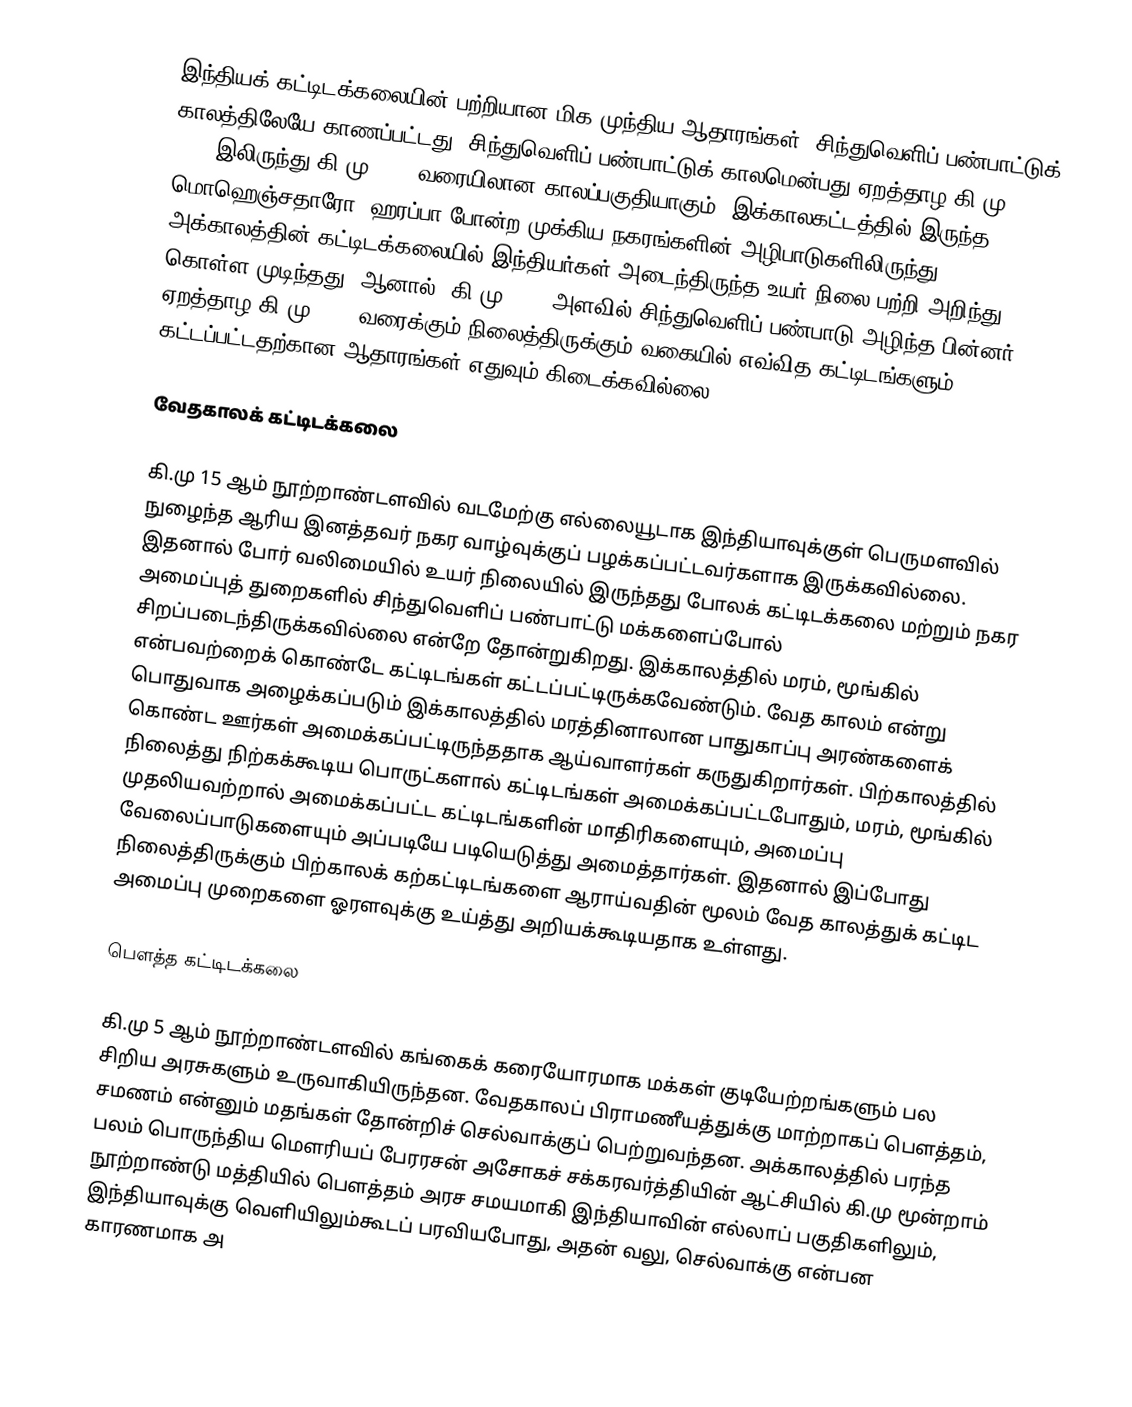
இந்தியக் கட்டிடக்கலையின் பற்றியான மிக முந்திய ஆதாரங்கள், சிந்துவெளிப் பண்பாட்டுக் காலத்திலேயே காணப்பட்டது. சிந்துவெளிப் பண்பாட்டுக் காலமென்பது ஏறத்தாழ கி.மு 3500-இலிருந்து கி.மு 2000 வரையிலான காலப்பகுதியாகும். இக்காலகட்டத்தில் இருந்த மொஹெஞ்சதாரோ, ஹரப்பா போன்ற முக்கிய நகரங்களின் அழிபாடுகளிலிருந்து, அக்காலத்தின் கட்டிடக்கலையில் இந்தியர்கள் அடைந்திருந்த உயர் நிலை பற்றி அறிந்து கொள்ள முடிந்தது. ஆனால், கி.மு 1500 அளவில் சிந்துவெளிப் பண்பாடு அழிந்த பின்னர், ஏறத்தாழ கி.மு. 500 வரைக்கும் நிலைத்திருக்கும் வகையில் எவ்வித கட்டிடங்களும், கட்டப்பட்டதற்கான ஆதாரங்கள் எதுவும் கிடைக்கவில்லை.

வேதகாலக் கட்டிடக்கலை

கி.மு 15 ஆம் நூற்றாண்டளவில் வடமேற்கு எல்லையூடாக இந்தியாவுக்குள் பெருமளவில் நுழைந்த ஆரிய இனத்தவர் நகர வாழ்வுக்குப் பழக்கப்பட்டவர்களாக இருக்கவில்லை. இதனால் போர் வலிமையில் உயர் நிலையில் இருந்தது போலக் கட்டிடக்கலை மற்றும் நகர அமைப்புத் துறைகளில் சிந்துவெளிப் பண்பாட்டு மக்களைப்போல் சிறப்படைந்திருக்கவில்லை என்றே தோன்றுகிறது. இக்காலத்தில் மரம், மூங்கில் என்பவற்றைக் கொண்டே கட்டிடங்கள் கட்டப்பட்டிருக்கவேண்டும். வேத காலம் என்று பொதுவாக அழைக்கப்படும் இக்காலத்தில் மரத்தினாலான பாதுகாப்பு அரண்களைக் கொண்ட ஊர்கள் அமைக்கப்பட்டிருந்ததாக ஆய்வாளர்கள் கருதுகிறார்கள். பிற்காலத்தில் நிலைத்து நிற்கக்கூடிய பொருட்களால் கட்டிடங்கள் அமைக்கப்பட்டபோதும், மரம், மூங்கில் முதலியவற்றால் அமைக்கப்பட்ட கட்டிடங்களின் மாதிரிகளையும், அமைப்பு வேலைப்பாடுகளையும் அப்படியே படியெடுத்து அமைத்தார்கள். இதனால் இப்போது நிலைத்திருக்கும் பிற்காலக் கற்கட்டிடங்களை ஆராய்வதின் மூலம் வேத காலத்துக் கட்டிட அமைப்பு முறைகளை ஓரளவுக்கு உய்த்து அறியக்கூடியதாக உள்ளது.

பௌத்த கட்டிடக்கலை

கி.மு 5 ஆம் நூற்றாண்டளவில் கங்கைக் கரையோரமாக மக்கள் குடியேற்றங்களும் பல சிறிய அரசுகளும் உருவாகியிருந்தன. வேதகாலப் பிராமணீயத்துக்கு மாற்றாகப் பௌத்தம், சமணம் என்னும் மதங்கள் தோன்றிச் செல்வாக்குப் பெற்றுவந்தன. அக்காலத்தில் பரந்த பலம் பொருந்திய மௌரியப் பேரரசன் அசோகச் சக்கரவர்த்தியின் ஆட்சியில் கி.மு மூன்றாம் நூற்றாண்டு மத்தியில் பௌத்தம் அரச சமயமாகி இந்தியாவின் எல்லாப் பகுதிகளிலும், இந்தியாவுக்கு வெளியிலும்கூடப் பரவியபோது, அதன் வலு, செல்வாக்கு என்பன காரணமாக அ